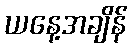
ယနေ့အချိန်